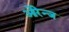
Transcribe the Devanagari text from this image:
ओरेन्ज